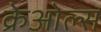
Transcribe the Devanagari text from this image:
क्रेओल्स